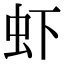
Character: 虾